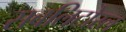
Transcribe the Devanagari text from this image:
सबलिटोरल